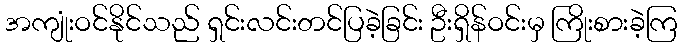
အကျုံးဝင်နိုင်သည် ရှင်းလင်းတင်ပြခဲ့ခြင်း ဦးရှိန်ဝင်းမှ ကြိုးစားခဲ့ကြ